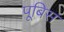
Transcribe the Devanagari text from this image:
पूबिस